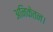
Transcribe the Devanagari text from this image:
अनिकेतन।